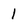
Character: 1